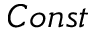
C o n s t